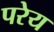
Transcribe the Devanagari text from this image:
परेय